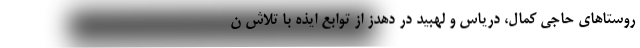
روستاهای حاجی کمال، دریاس و لهبید در دهدز از توابع ایذه با تلاش ن